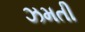
ઝમતી